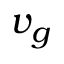
v _ { g }